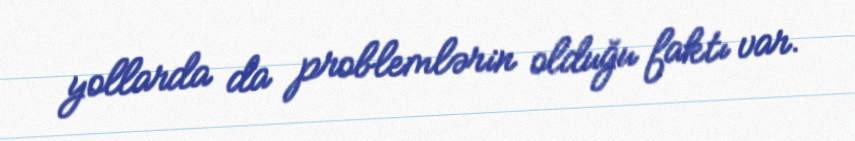
yollarda da problemlərin olduğu faktı var.